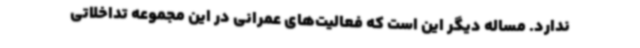
ندارد. مساله دیگر این است که فعالیت‌های عمرانی در این مجموعه تداخلاتی